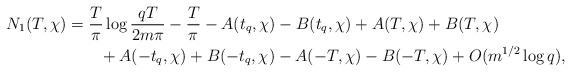
\begin{align*}N_1(T,\chi) &= \frac{T}{\pi} \log{\frac{qT}{2m\pi}} - \frac{T}{\pi}- A(t_q,\chi) - B(t_q,\chi) + A(T,\chi) + B(T,\chi) \\&\quad\quad+ A(-t_q,\chi) + B(-t_q,\chi) - A(-T,\chi) - B(-T,\chi) + O(m^{1/2}\log{q}),\end{align*}